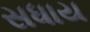
સધાય